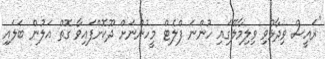
"ރައީސް ވިދާޅުވި ވިލިމާލޭގައި ހުންނަ ފްލެޓް މީހުންނަށް ދޫކޮށްފައިވާ ގޮތް އަލުން ބަލައި